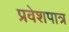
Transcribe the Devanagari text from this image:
प्रवेशपात्र